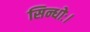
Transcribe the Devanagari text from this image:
सिन्धोः।